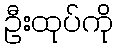
ဦးထုပ်ကို